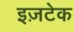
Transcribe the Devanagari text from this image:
इज़टेक